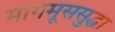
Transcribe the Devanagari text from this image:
मागमूससुद्धा